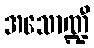
အသောဏ္ဍီ